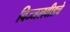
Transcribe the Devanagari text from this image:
विज्जलवीडचे